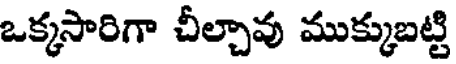
ఒక్కసారిగా చీల్చావు ముక్కుబట్టి